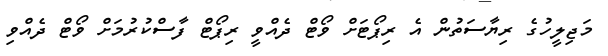
މަޖިލީހުގެ ރިޔާސަތުން އެ ރިޕޯޓަށް ވޯޓް ދެއްވީ ރިޕޯޓް ފާސްކުރުމަށް ވޯޓް ދެއްވި